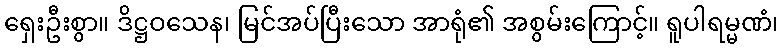
ရှေးဦးစွာ။ ဒိဋ္ဌဝသေန၊ မြင်အပ်ပြီးသော အာရုံ၏ အစွမ်းကြောင့်။ ရူပါရမ္မဏံ၊